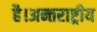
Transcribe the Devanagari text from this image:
है।अन्तराष्ट्रीय